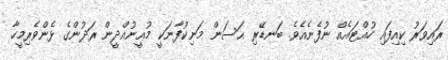
ރައިވަރު ކިއިފައި ހުއްޓައެއް ނުފެނެއެވެ. ބަނޑޭރި ޙަސަން މަނިކުފާނަކީ މުޢީނުއްދީން ރަދުންގެ ޅެންވެރިމީހާ